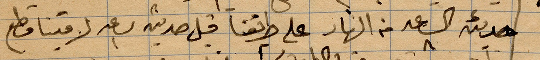
حديثه الساعة ٨ من النهار على طريقنا قبل حديثه الساعة ١ لاقينا قطع